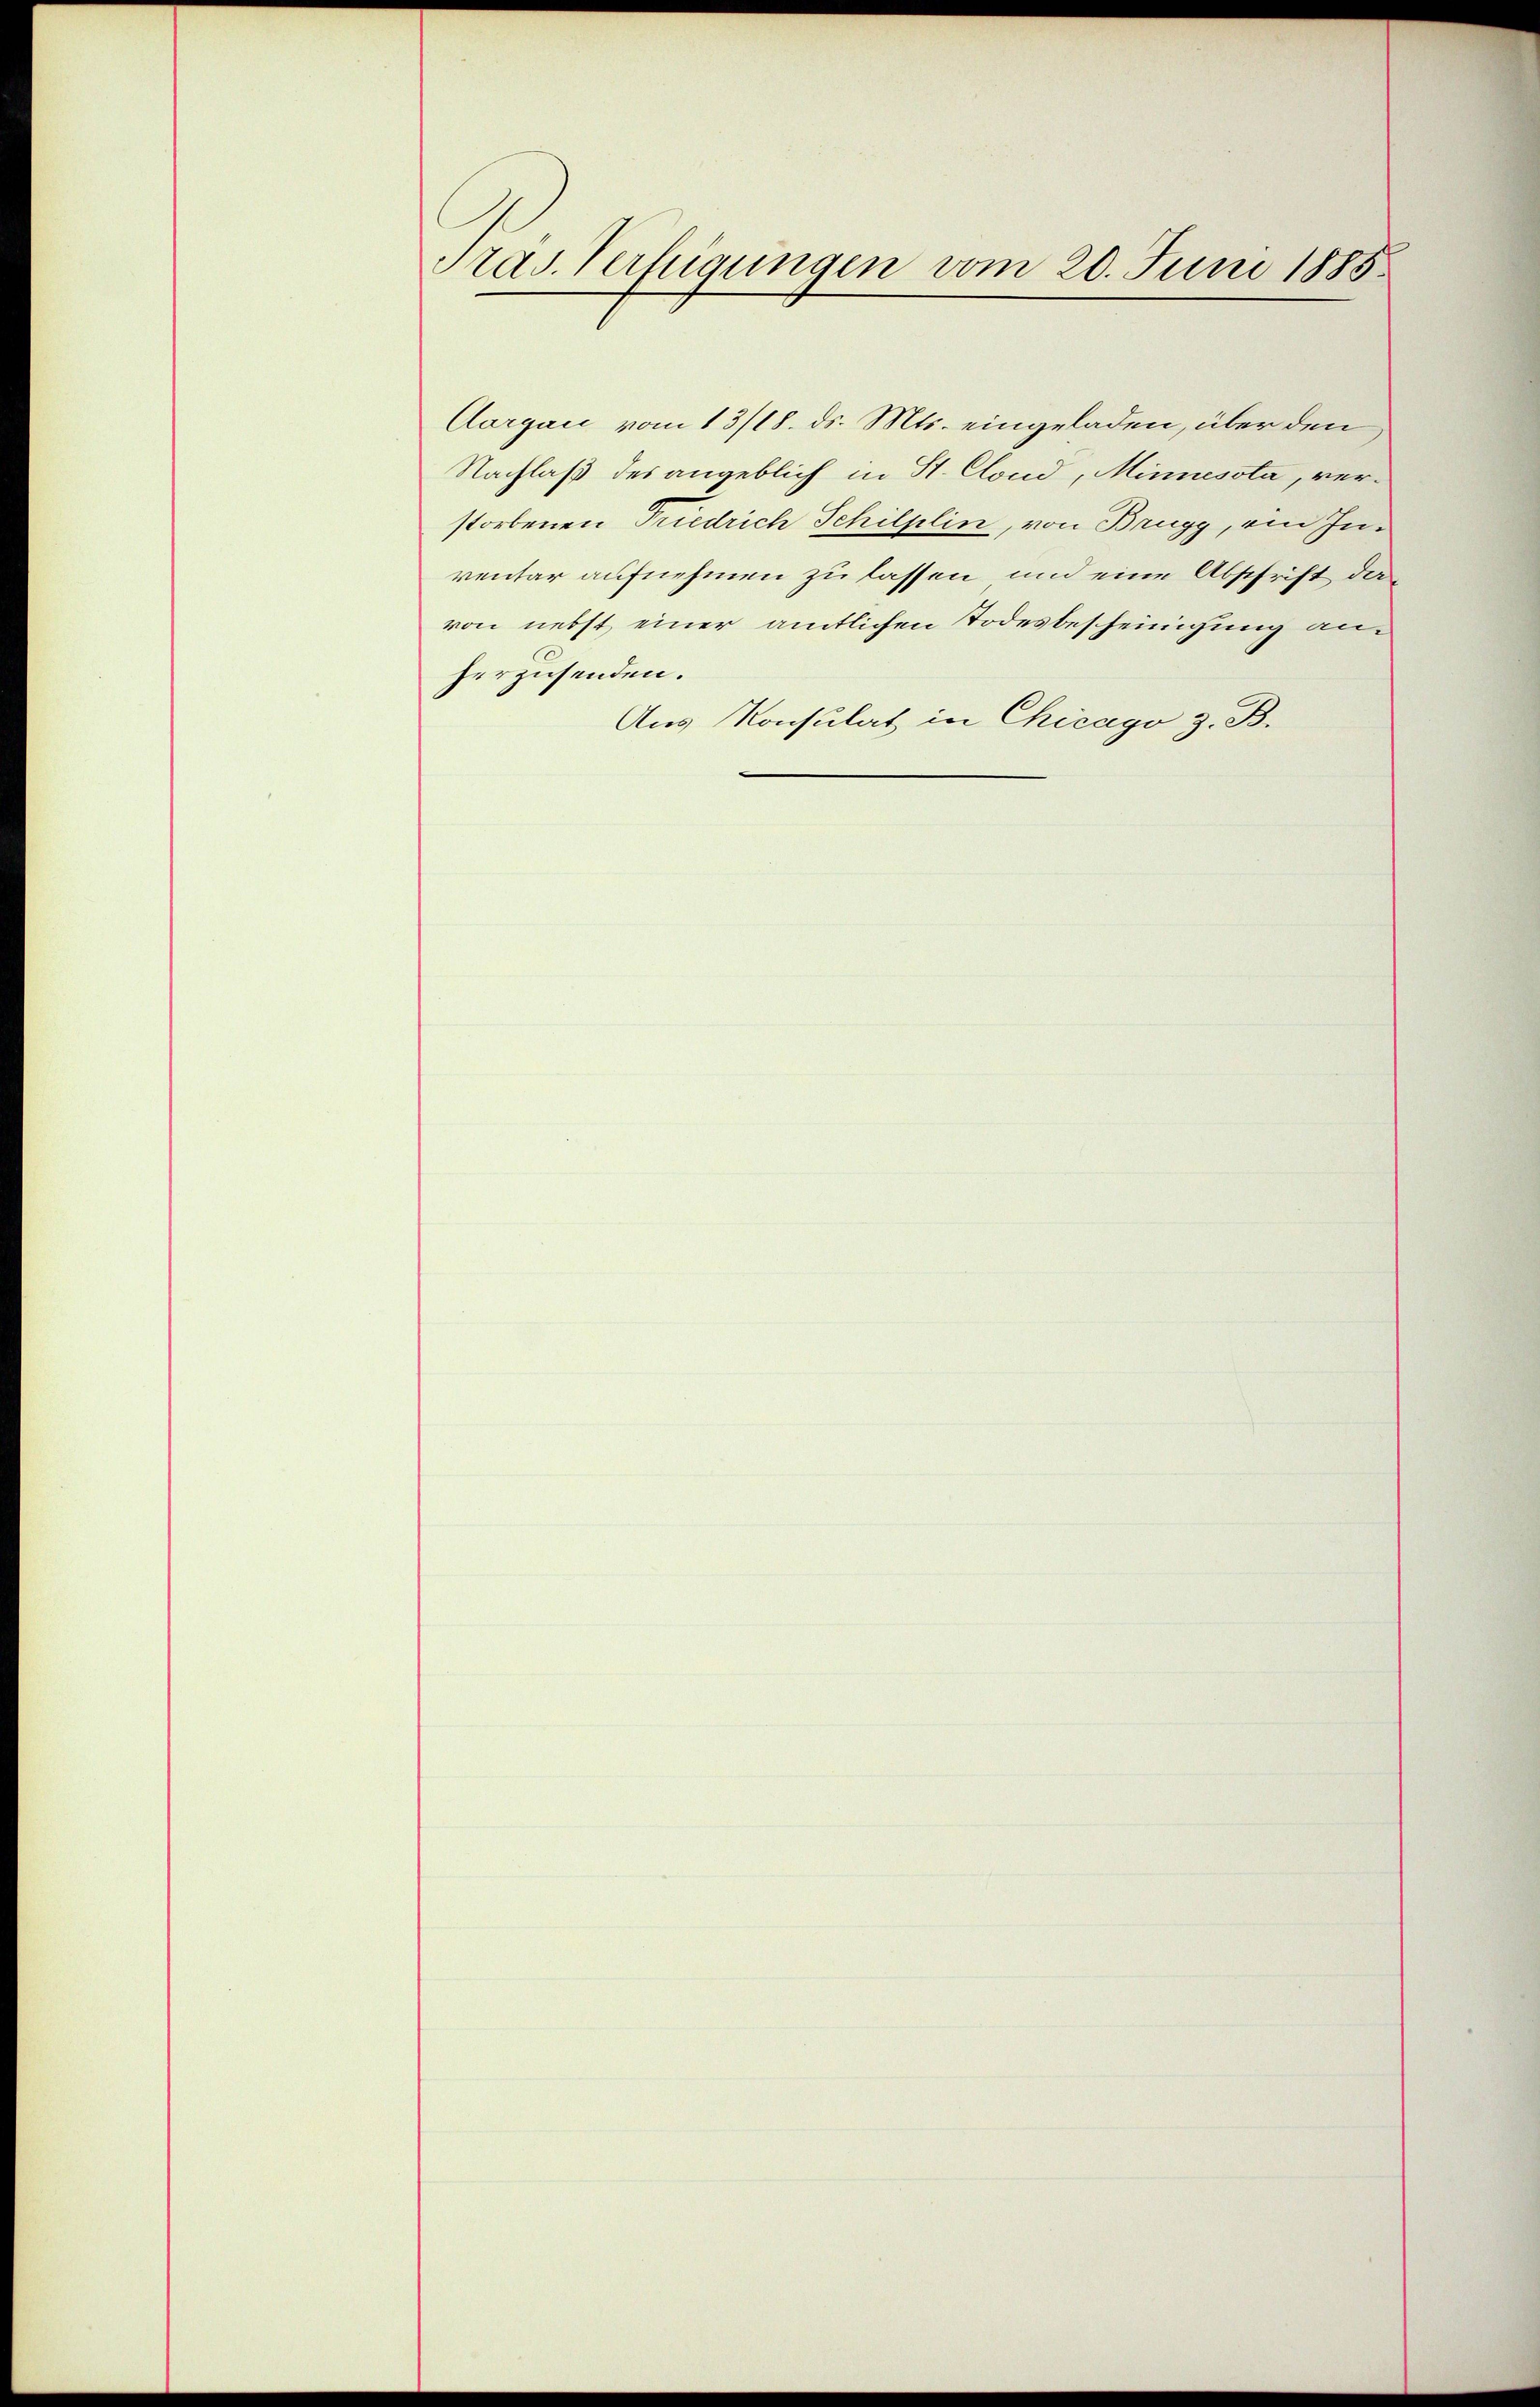
Präs. Verfügungen vom 20. Juni 1885.

Aargau vom 13/18. ds. Mts. eingeladen, über den
Nachlaß des angeblich in St. Clond, Minnessta, verstorbenen Friedrich Schilplin, von Brugg, ein Inventar aufnehmen zu lassen und eine Abschrift da
von nebst einer amtlichen Todesbescheinigung an
herzusenden.
Aus Konsulat in Chicago z. B.